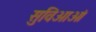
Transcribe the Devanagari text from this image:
सुविआओं